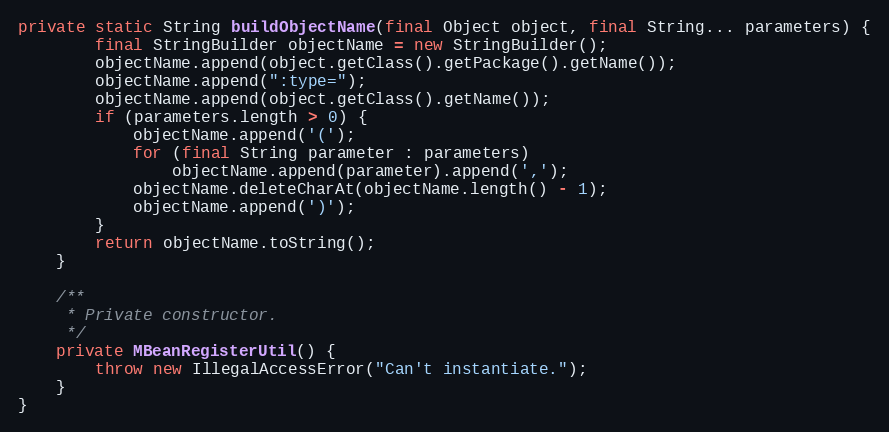
Language: Java
private static String buildObjectName(final Object object, final String... parameters) {
		final StringBuilder objectName = new StringBuilder();
		objectName.append(object.getClass().getPackage().getName());
		objectName.append(":type=");
		objectName.append(object.getClass().getName());
		if (parameters.length > 0) {
			objectName.append('(');
			for (final String parameter : parameters)
				objectName.append(parameter).append(',');
			objectName.deleteCharAt(objectName.length() - 1);
			objectName.append(')');
		}
		return objectName.toString();
	}

	/**
	 * Private constructor.
	 */
	private MBeanRegisterUtil() {
		throw new IllegalAccessError("Can't instantiate.");
	}
}